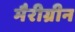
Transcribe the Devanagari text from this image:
मैरीग्रीन